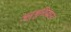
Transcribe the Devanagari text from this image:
अनुभूतिप्रधान